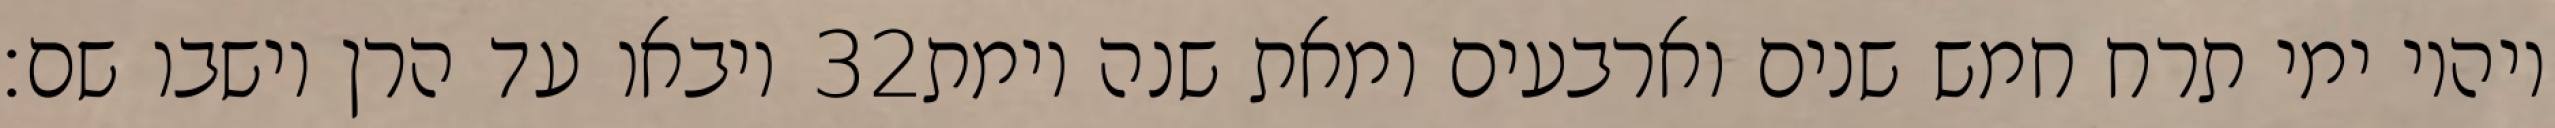
ויבאו עד הרן וישבו שם׃ ‎32‏ ויהיו ימי תרח חמש שנים וארבעים ומאת שנה וימת